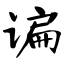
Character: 谝